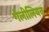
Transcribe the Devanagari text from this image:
गेलीलियन